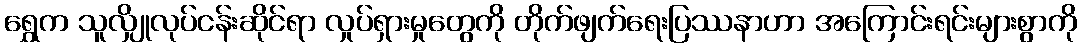
ရွှေက သူလျှိုလုပ်ငန်းဆိုင်ရာ လှုပ်ရှားမှုတွေကို တိုက်ဖျက်ရေးပြဿနာဟာ အကြောင်းရင်းများစွာကို